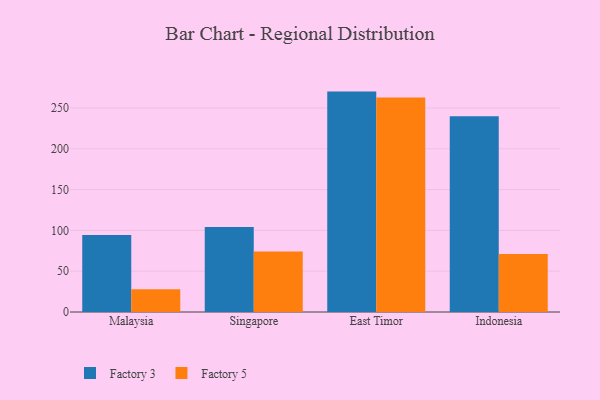
{"axis": {"x": "Country", "y": "Production Output"}, "legend": ["Factory 3", "Factory 5"], "data": [{"x": "Malaysia", "y": 94.4, "type": "Factory 3"}, {"x": "Malaysia", "y": 28.0, "type": "Factory 5"}, {"x": "Singapore", "y": 104.3, "type": "Factory 3"}, {"x": "Singapore", "y": 74.1, "type": "Factory 5"}, {"x": "East Timor", "y": 270.1, "type": "Factory 3"}, {"x": "East Timor", "y": 262.9, "type": "Factory 5"}, {"x": "Indonesia", "y": 239.8, "type": "Factory 3"}, {"x": "Indonesia", "y": 71.2, "type": "Factory 5"}]}